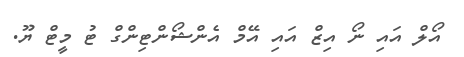
އޯލް އައި ނޯ އިޒް އައި އޭމް އެންޝޯންޓިންގް ޓު މީޓް ޔޫ.